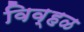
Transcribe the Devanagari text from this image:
विव्हळ